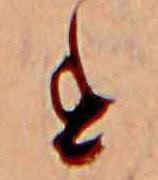
す